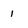
Character: 1